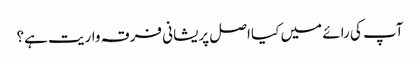
آپ کی رائے میں کیا اصل پریشانی فرقہ واریت ہے؟